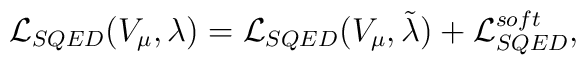
{\cal L}_{SQED}(V_{\mu},\lambda)={\cal L}_{SQED}(V_{\mu}, \tilde\lambda) +{\cal L}_{SQED}^{soft},